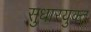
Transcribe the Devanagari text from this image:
सुधारयुक्त